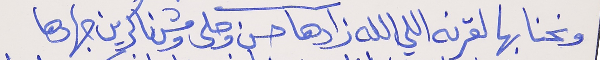
ونحنا بهالقرنه اللي الله زادها  حسن وحلى ومش ناكرين جهادها